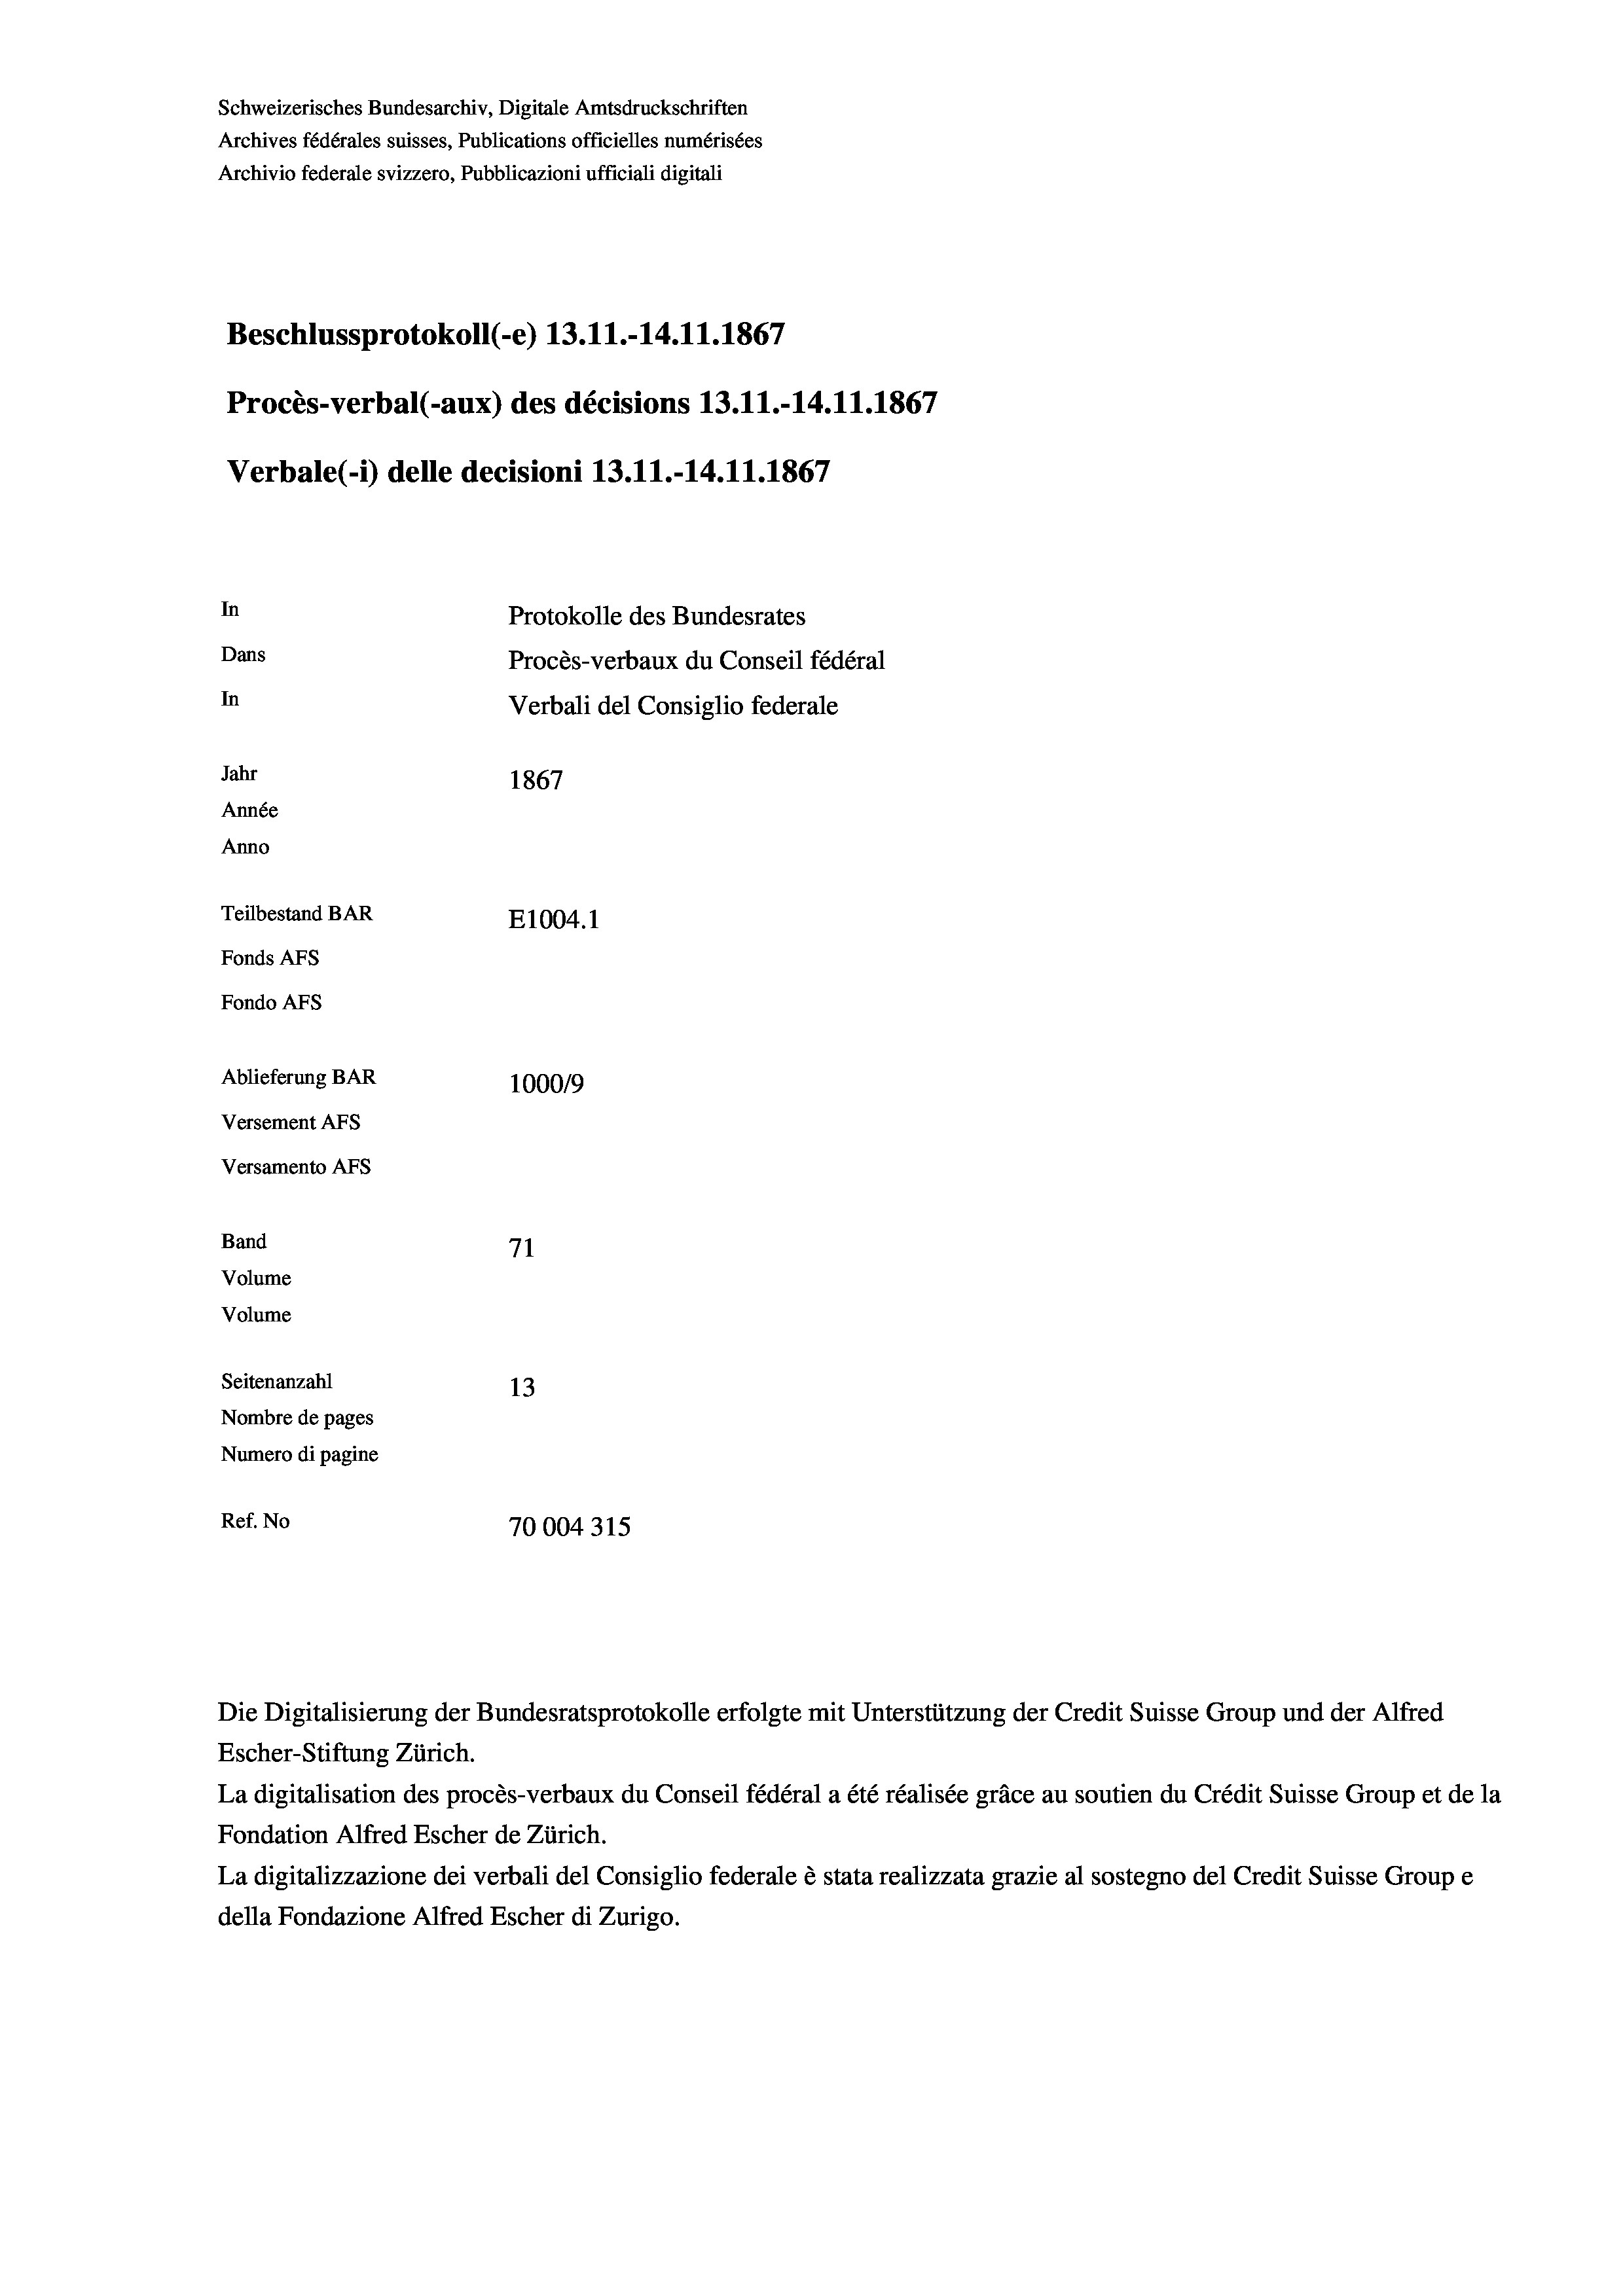
Schweizerisches Bundesarchiv, Digitale Amtsdruckschriften
Archives fédérales suisses, Publications officielles numérisées
Archivio federale svizzero, Pubblicazioni ufficiali digitali
Beschlussprotokoll (e) 13.11.-14.11.1867
Procès-verbal (-aux) des décisions 13.11.-14.11.1867
Verbale(-*) delle decisioni 13. 11.-14.11.1867
In
Protokolle des Bundesrates
Dans
Procès-verbaux du Conseil fédéral
In
Verbali del Consiglio federale
Jahr
1867
Année
Anno
Teilbestand BAR
E1004.1
Fonds Afs
Fondo AFs
Ablieferung BAR
1000/9
Versement Abs
Versamento Afs

Band
Volume
Volume
Seitenanzahl

71
13
Nombre de pages
Numero di pagine
Ref. No
70004315

La digitalisation des procès-verbaux du Conseil fédéral a été réalisée gräce au soutien du Crédit Suisse Group et de la
Fondation Alfred Escher de Zürich.
La digitalizzazione dei verbali del Consiglio federale è stata realizzata grazie al sostegno del Credit Suisse Groupe
della Fondazione Alfred Escher di Zurigo.

Escher-Stiftung Zürich.

Die Digitalisierung der Bundesratsprotokolle erfolgte mit Unterstützung der Credit Suisse Group und der Alfred